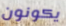
يكونون